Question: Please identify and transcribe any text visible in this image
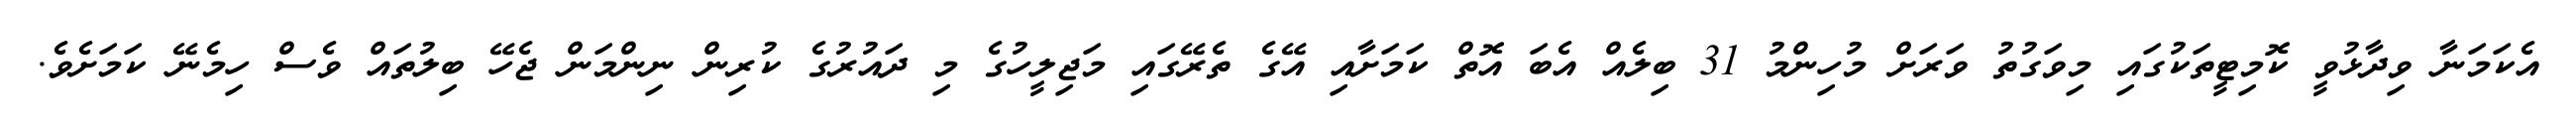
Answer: އެކަމަނާ ވިދާޅުވީ ކޮމިޓީތަކުގައި މިވަގުތު ވަރަށް މުހިންމު 31 ބިލެއް އެބަ އޮތް ކަމަށާއި އޭގެ ތެރޭގައި މަޖިލީހުގެ މި ދައުރުގެ ކުރިން ނިންމަން ޖެހޭ ބިލުތައް ވެސް ހިމެނޭ ކަމަށެވެ.